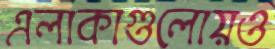
এলাকাগুলোয়ও